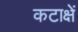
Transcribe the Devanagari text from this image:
कटाक्षें